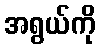
အရွယ်ကို